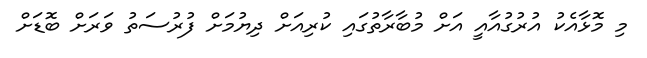
މި މޮޅާއެކު އުރުގުއާއީ އަށް މުބާރާތުގައި ކުރިއަށް ދިޔުމަށް ފުރުސަތު ވަރަށް ބޮޑަށް